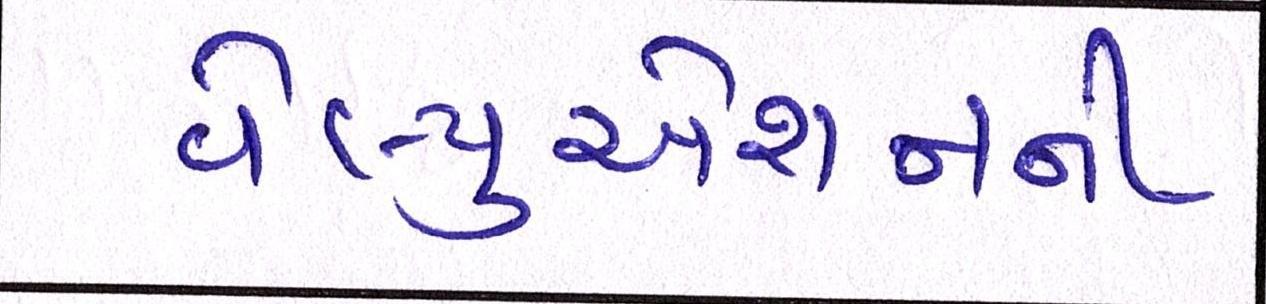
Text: વેલ્યુએશનની